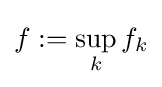
f:=\sup _{k}f_{k}